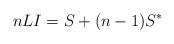
LaTeX: \begin{align*}nLI = S + (n-1)S^{*}\end{align*}